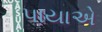
પાયાએ